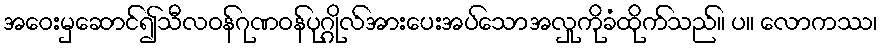
အဝေးမှဆောင်၍သီလဝန်ဂုဏဝန်ပုဂ္ဂိုလ်အားပေးအပ်သောအလှုကိုခံထိုက်သည်။ ပ။ လောကဿ၊